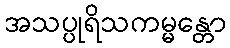
အသပ္ပုရိသကမ္မန္တော